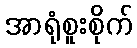
အာရုံစူးစိုက်